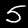
Label: 5